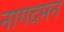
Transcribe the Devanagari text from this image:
नागदमन